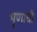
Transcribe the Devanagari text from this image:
भृणाची